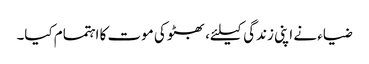
ضیاء نے اپنی زندگی کیلئے، بھٹو کی موت کا اہتمام کیا۔